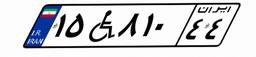
۱۵W۸۱۰۴۴